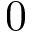
\boldsymbol { 0 }